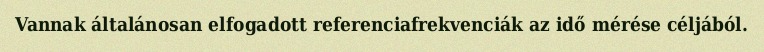
Vannak általánosan elfogadott referenciafrekvenciák az idő mérése céljából.